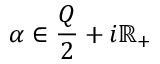
\alpha \in { \frac { Q } { 2 } } + i \mathbb { R } _ { + }